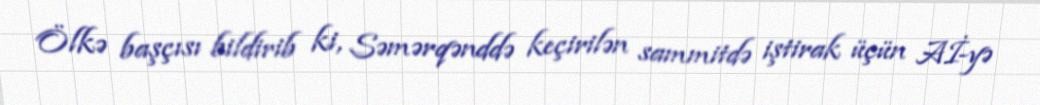
Ölkə başçısı bildirib ki, Səmərqənddə keçirilən sammitdə iştirak üçün Aİ-yə